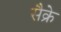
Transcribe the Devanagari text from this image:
सैक्रे